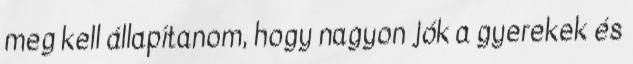
meg kell állapítanom, hogy nagyon jók a gyerekek és